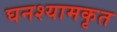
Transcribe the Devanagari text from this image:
घनश्यामकृत